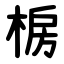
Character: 椖